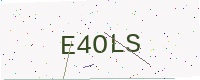
Text: E4OLS